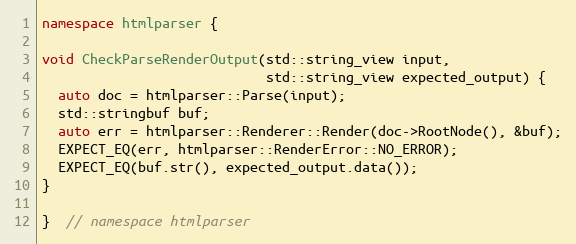
Language: C++
namespace htmlparser {

void CheckParseRenderOutput(std::string_view input,
                            std::string_view expected_output) {
  auto doc = htmlparser::Parse(input);
  std::stringbuf buf;
  auto err = htmlparser::Renderer::Render(doc->RootNode(), &buf);
  EXPECT_EQ(err, htmlparser::RenderError::NO_ERROR);
  EXPECT_EQ(buf.str(), expected_output.data());
}

}  // namespace htmlparser